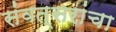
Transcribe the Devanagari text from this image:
संवत्सरांचा